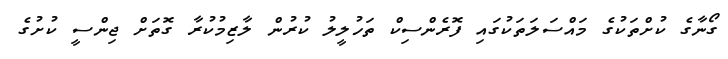
ގޯނާގެ ކުށްތަކުގެ މައްސަލަތަކުގައި ފޮރެންސިކް ތަހުލީލު ކުރުން ލާޒިމުކުރާ ގޮތަށް ޖިންސީ ކުށުގެ